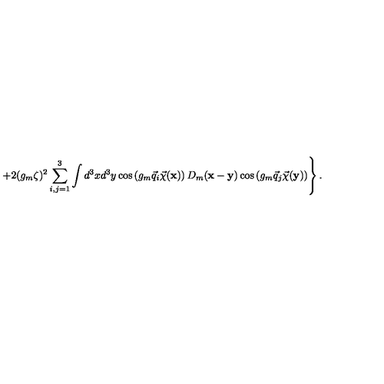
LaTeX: \left. + 2 ( g _ { m } \zeta ) ^ { 2 } \sum _ { i , j = 1 } ^ { 3 } \int d ^ { 3 } x d ^ { 3 } y \cos \left( g _ { m } \vec { q } _ { i } \vec { \chi } ( { \bf x } ) \right) D _ { m } ( { \bf x } - { \bf y } ) \cos \left( g _ { m } \vec { q } _ { j } \vec { \chi } ( { \bf y } ) \right) \right\} .